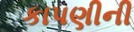
કાપણીની